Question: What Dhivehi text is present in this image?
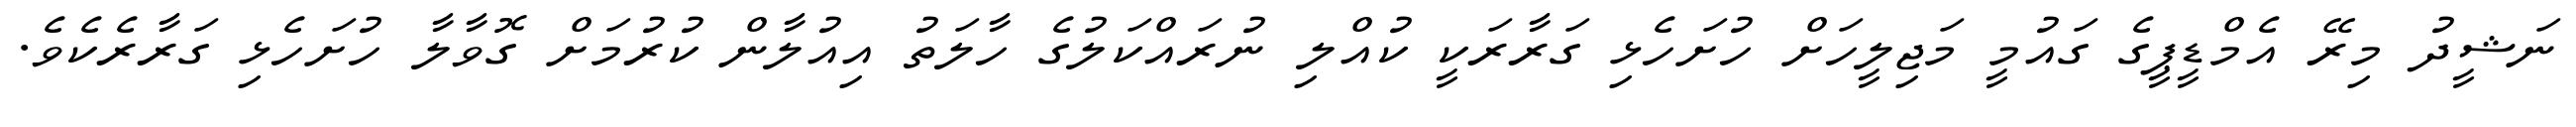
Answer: ނަޝީދު މިރޭ އެމްޑީޕީގެ ގައުމީ މަޖިލީހަށް ހުށަހެޅި ގަރާރަކީ ކުއްލި ނުރައްކަލުގެ ހާލަތު އިއުލާން ކުރުމަށް ގޮވާލާ ހުށަހެޅި ގަރާރެކެވެ.